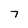
Character: 7